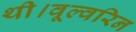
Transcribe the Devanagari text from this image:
थी।वूल्वरिन